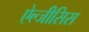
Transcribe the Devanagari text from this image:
ऐल्जीसिस